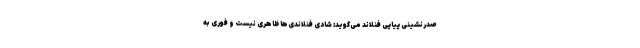
صدرنشینی پیاپی فنلاند می‌گوید: شادی فنلاندی‌ها ظاهری نیست و فوری به